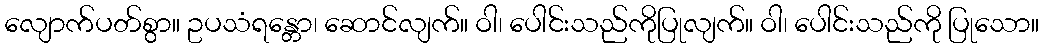
လျောက်ပတ်စွာ။ ဥပသံရန္တော၊ ဆောင်လျက်။ ဝါ၊ ပေါင်းသည်ကိုပြုလျက်။ ဝါ၊ ပေါင်းသည်ကို ပြုသော။